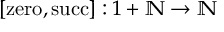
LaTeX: [ \mathrm { z e r o } , \mathrm { s u c c } ] : 1 + \mathbb { N } \to \mathbb { N }